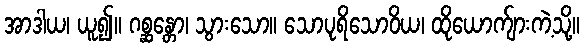
အာဒါယ၊ ယူ၍။ ဂစ္ဆန္တော၊ သွားသော။ သောပုရိသောဝိယ၊ ထိုယောက်ျားကဲ့သို့။